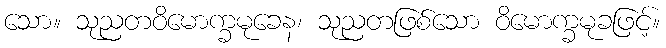
သော။ သုညတဝိမောက္ခမုခေန၊ သုညတဖြစ်သော ဝိမောက္ခမုခဖြင့်။